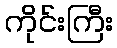
ကိုင်းကြီး